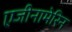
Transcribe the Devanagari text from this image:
एजीनामेरिन